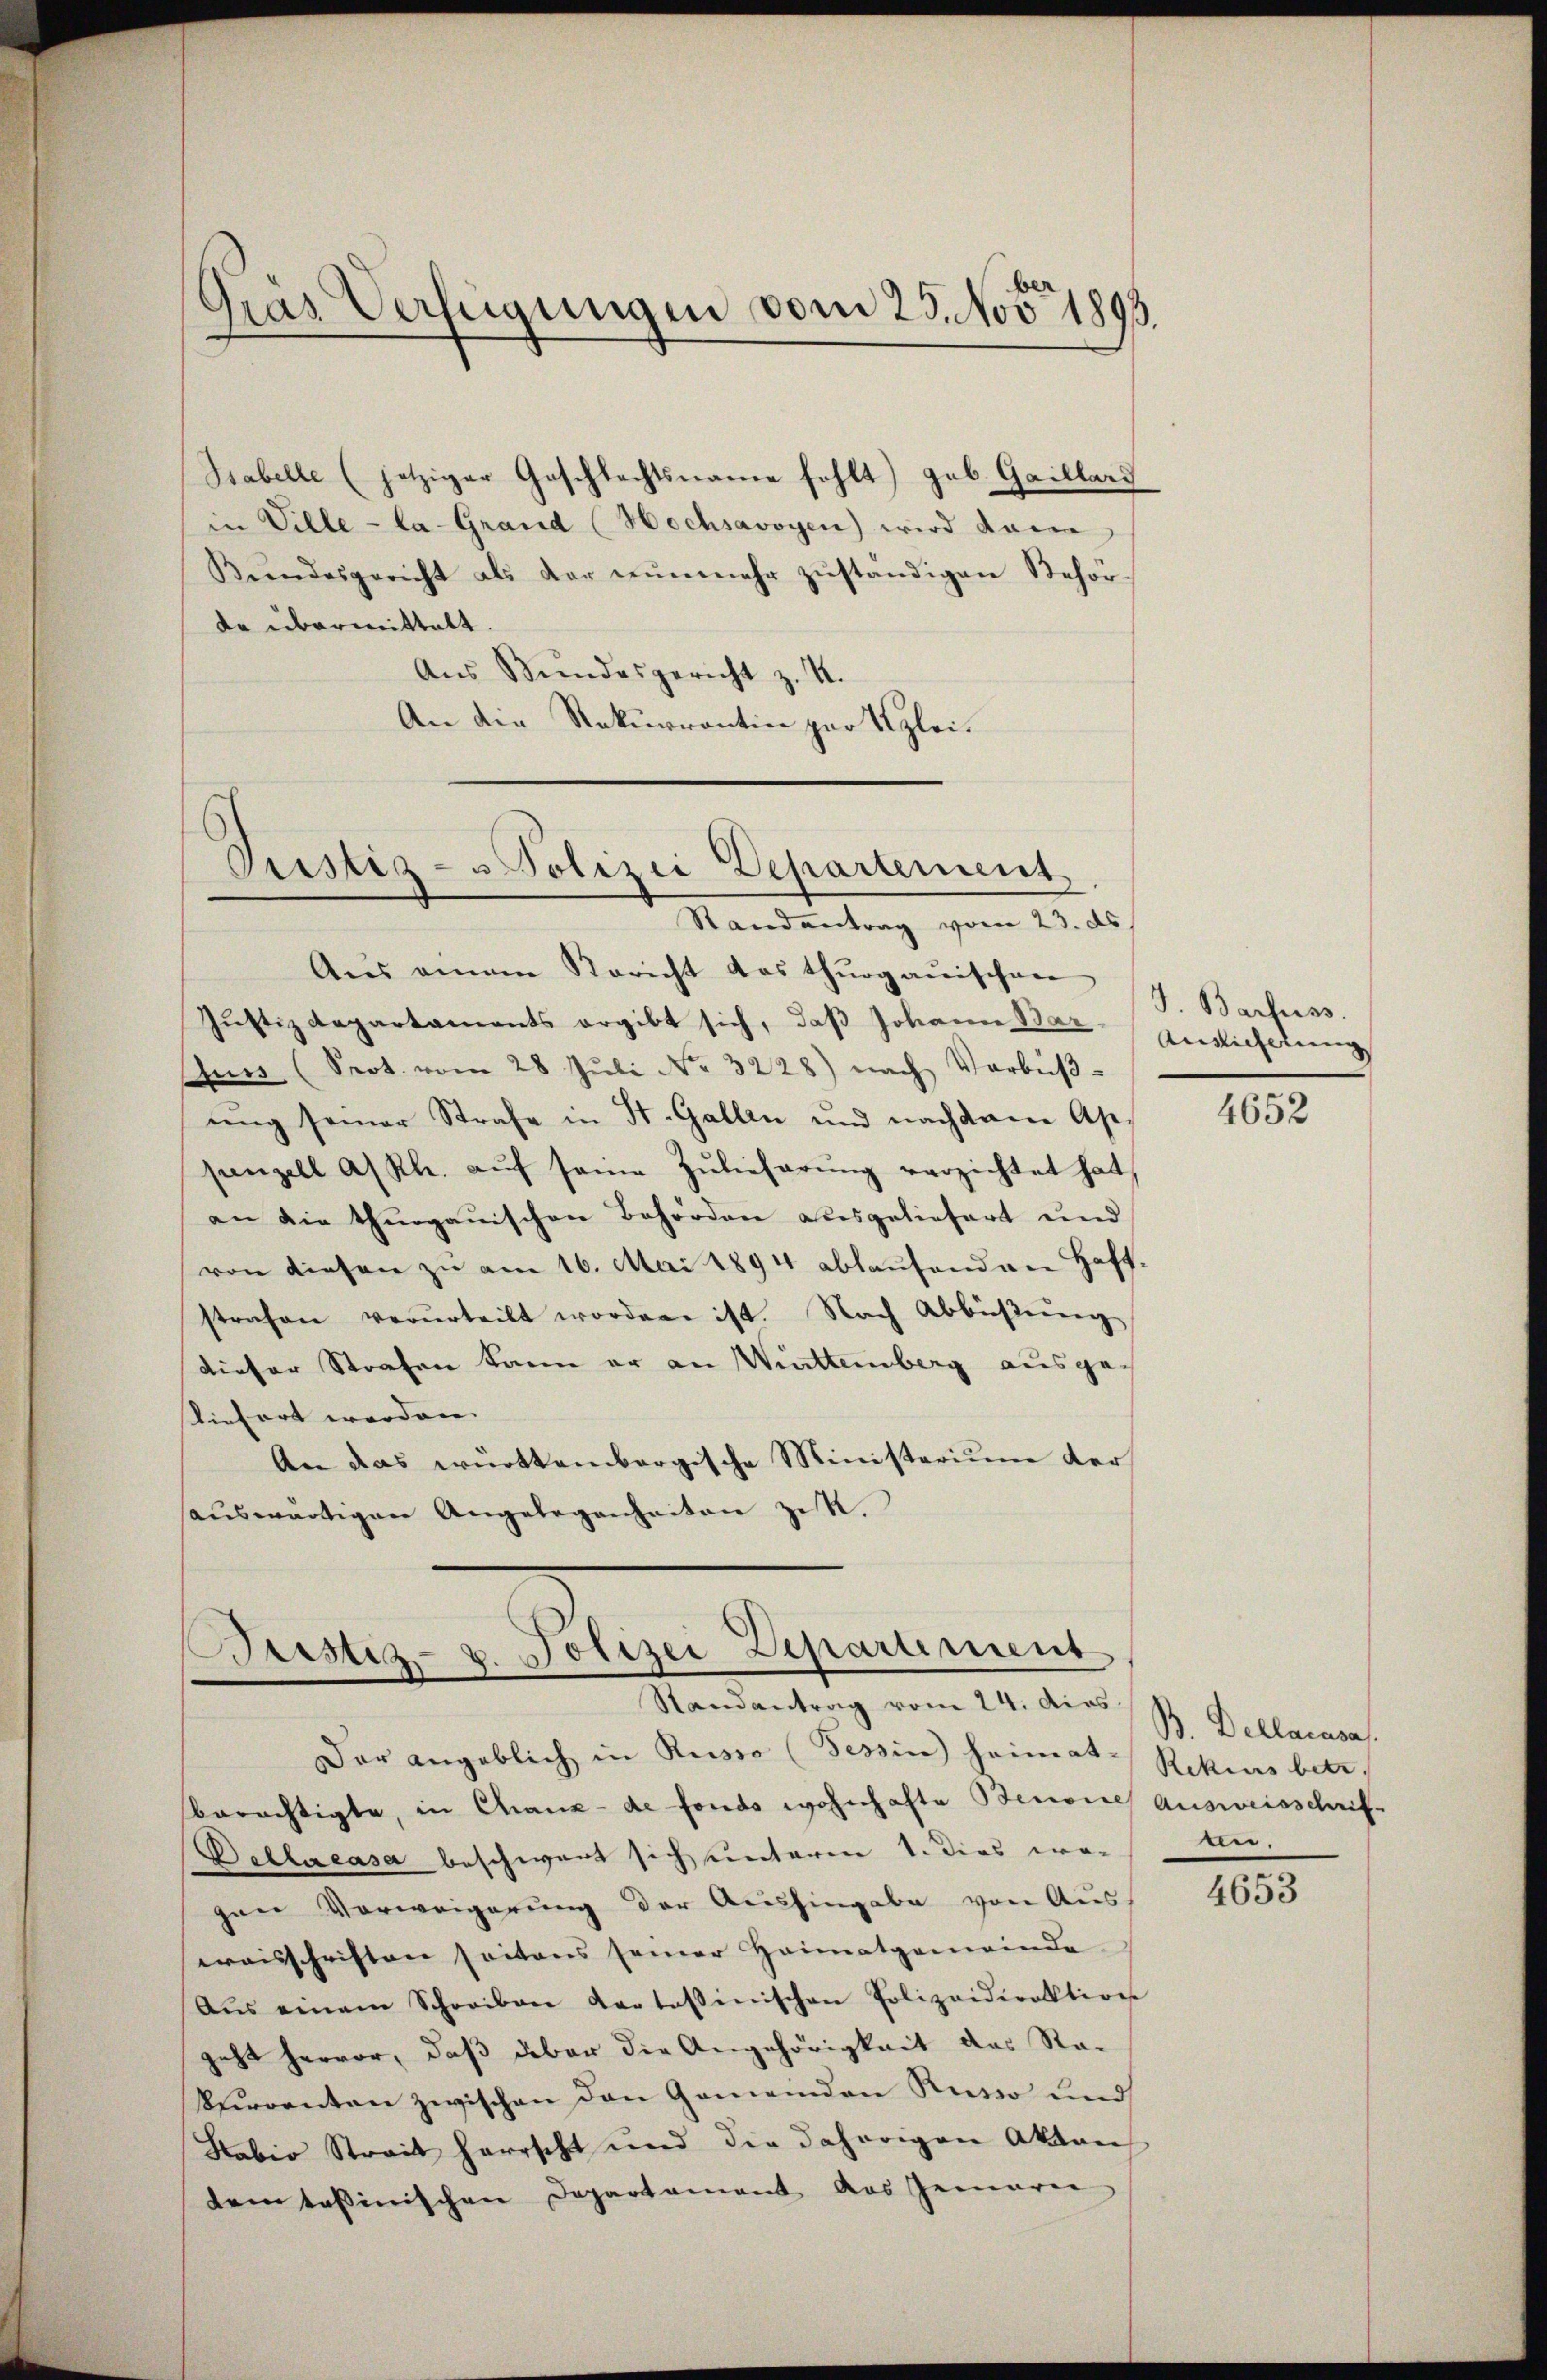
Gras Verfügungen vom 29. Nov. 1893.

Stabelle (jetziger Geschlechtsname fehlt) geb. Gaillard
in Ville - la-Grand (Hochsavoyen) wird dann
Bŭndesgericht als der nŭnmehr zŭständigen Behörde übermittelt.
Aŭs Bŭndesgericht z. 4.
An die Rekurrentin par Klei¬

Aus einem Bericht das thurgauischen
Justizdepartaments ergibt sich, daß Johann der Ansicherung
Auss (Prot. vom 28. Jŭli No 3228) nach Verbüβ-
ŭng seiner Strafe in St. Gallen und nachdem Appenzell A/Rh. aŭf seine Zŭlieferŭng verzichtet hat
an die thurgauischen Behörden ausgeliefert und
von diesen zu am 16. Mai 1894 ablaufenden Hoff
strafen verurteilt worden ist. Nach Abbüβŭng
dieser Strafen kann er an Witteinberg ausge¬
Viefert werden.
An das württembergische Ministerium der
haŭswärtigen Angelegenheiten zit.

Pristiz- u Polizei Departement
Randantrag vom 23. ds

eistiz- u. Polizei Departement
Randantrag vom 24. dies B. Dellacasas.

Der angeblich in Russe (Tessin heimat- Rekurs betr.
berächtigte, in Chaux-de fonds wohnhafte Benone Ausweisschrif
Dallacasa beschwert sich unterm 1. Dies we-
gane Vorweigerung der Aushingabe von Aus-
waisschriften seitens seiner Heimatgemeinde
Aŭs einem Schreiben destossinischen Polizeidirektion
geht hervor, daß daber die Angehörigkeit des Rakurrenten zwischen den Gemeinden Russo und
Labio Streit herrscht und die daherigen Aktens
demtessinischen Departament das Gemarer

J. Barfuss.

4652

ten.

4653